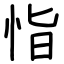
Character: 恉